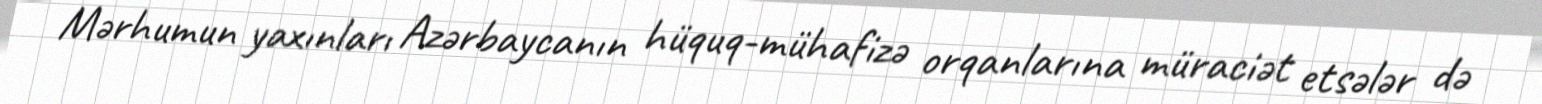
Mərhumun yaxınları Azərbaycanın hüquq-mühafizə orqanlarına müraciət etsələr də